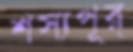
শস্যপূর্